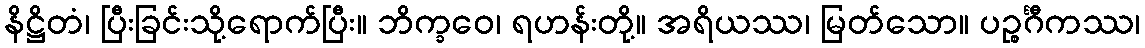
နိဋ္ဌိတံ၊ ပြီးခြင်းသို့ရောက်ပြီး။ ဘိက္ခဝေ၊ ရဟန်းတို့။ အရိယဿ၊ မြတ်သော။ ပဉ္စင်္ဂီကဿ၊